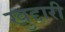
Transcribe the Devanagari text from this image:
खुद्दारी